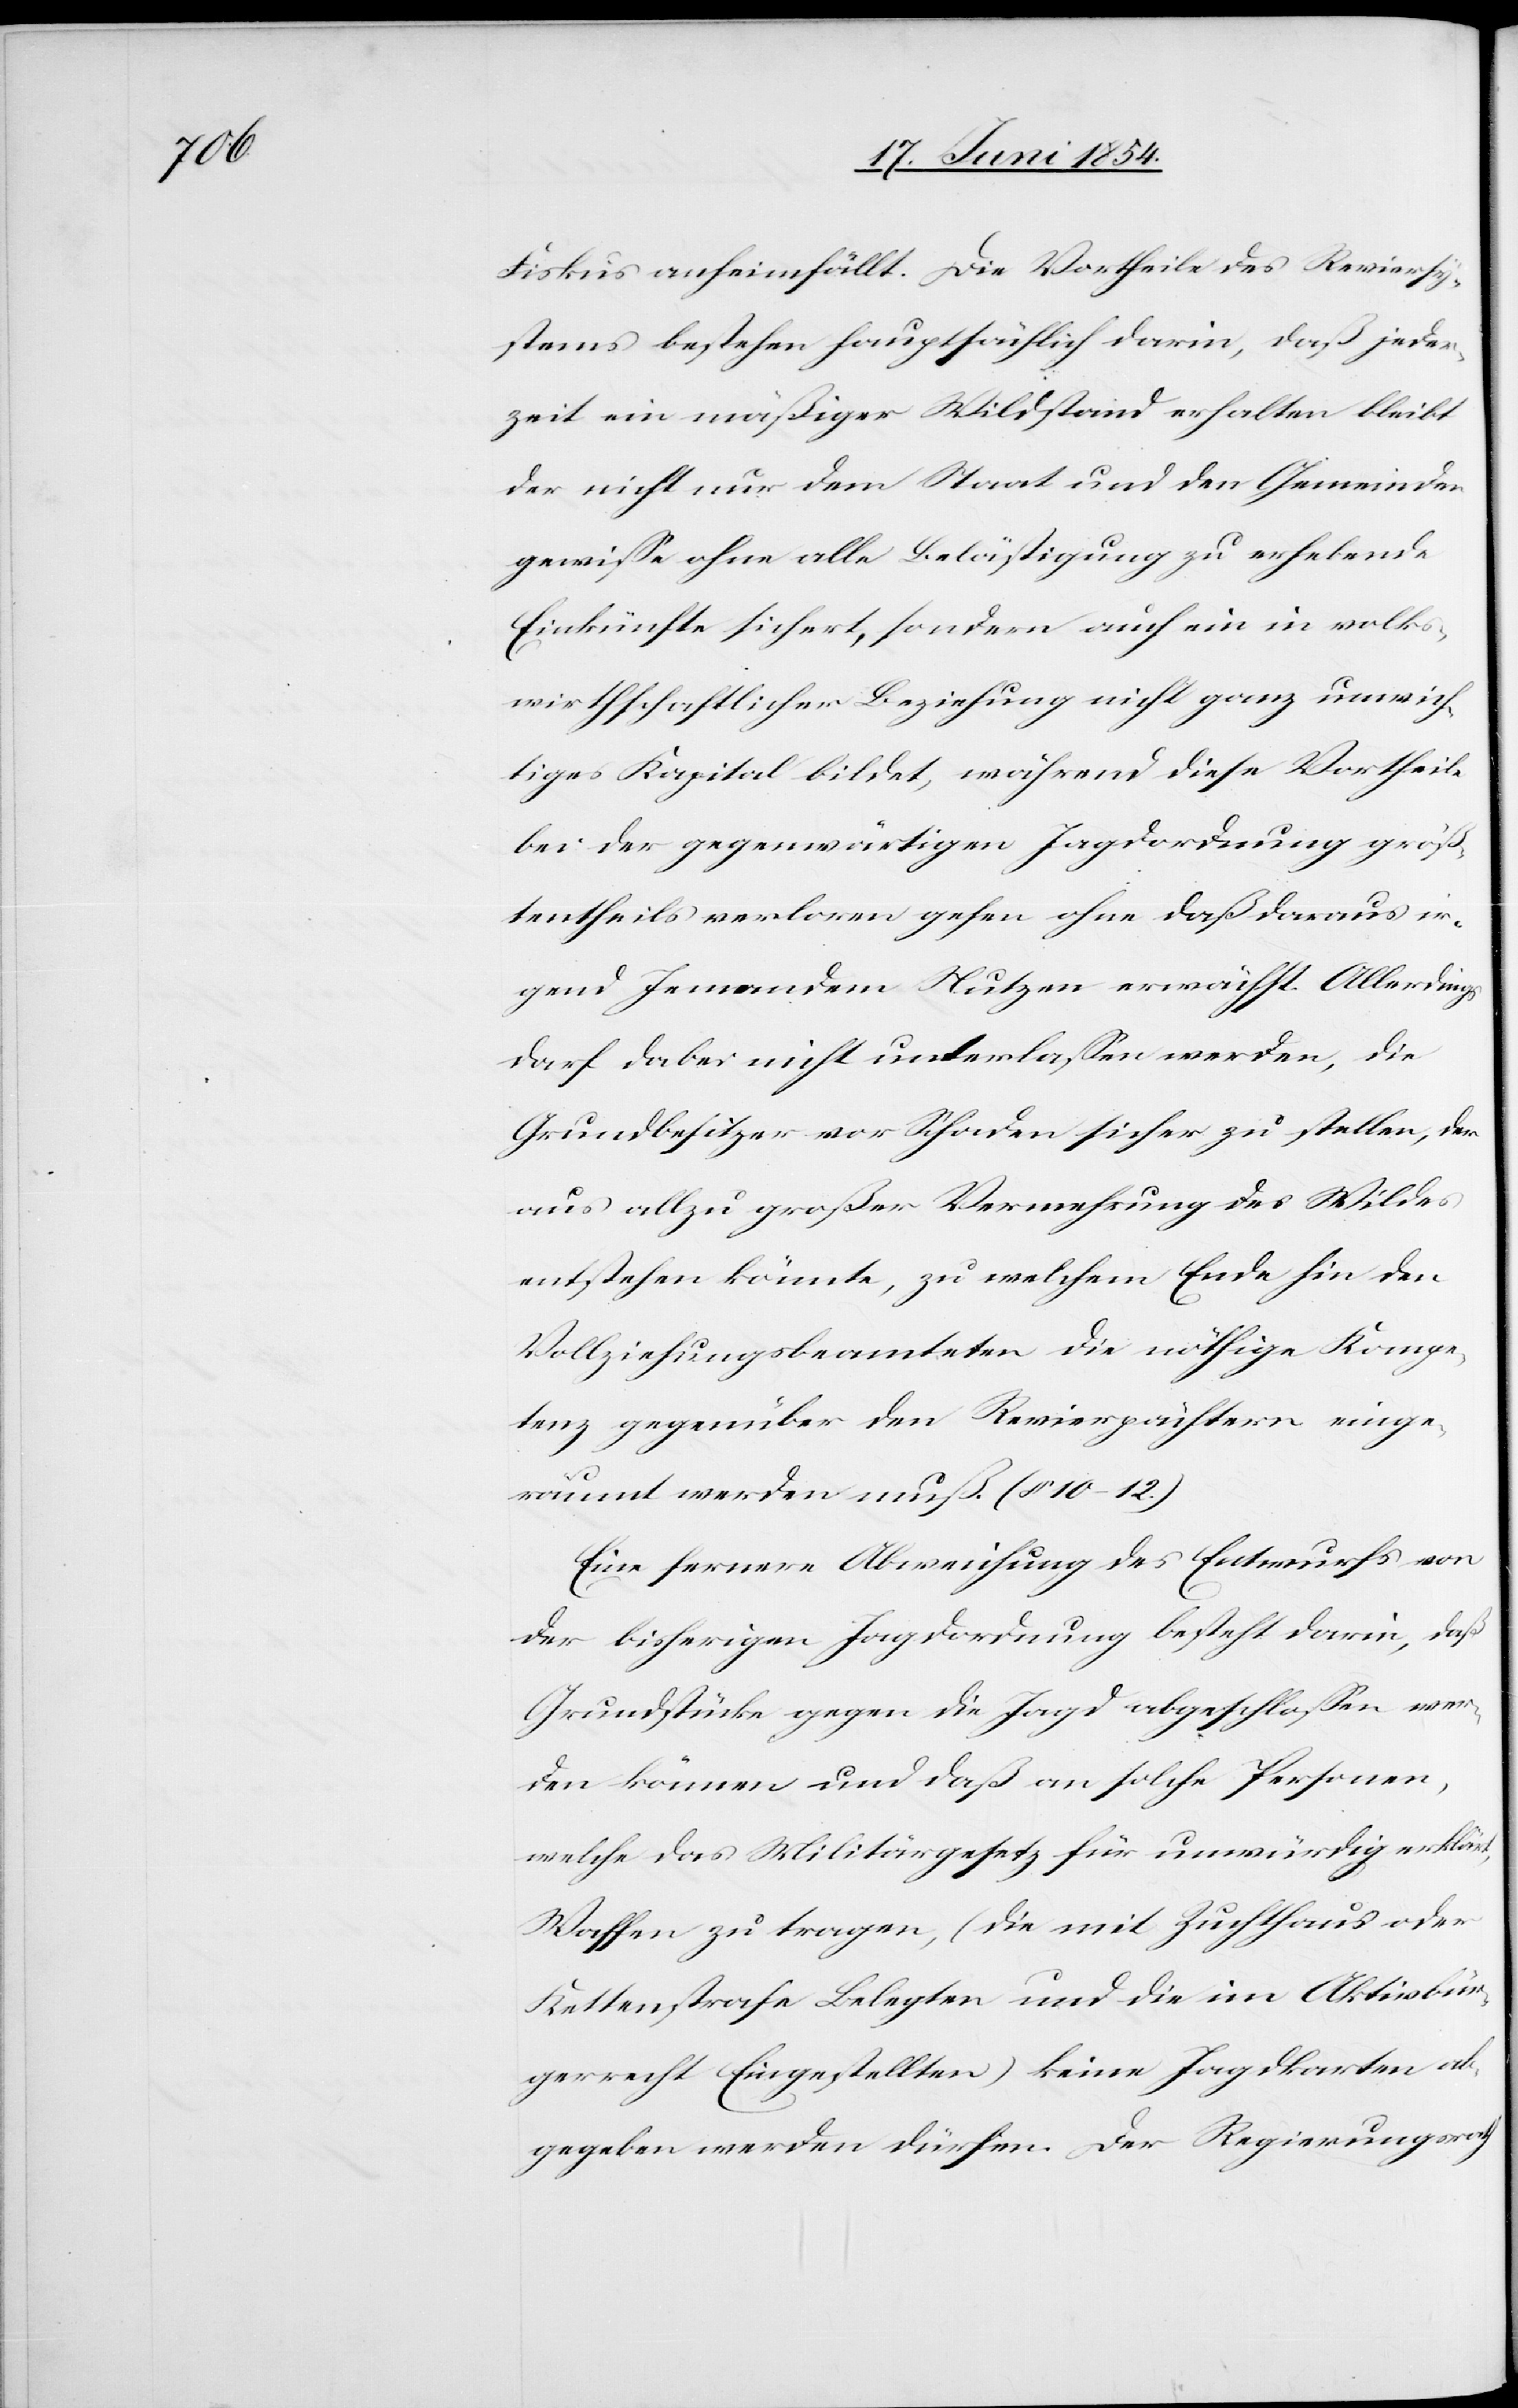
Fiskus anheimfällt. Die Vortheile des Reviersy¬
stems bestehen hauptsächlich darin, daß jeder¬
zeit ein mäßiger Wildstand erhalten bleibt
der nicht nur dem Staat und den Gemeinden
gewiße ohne alle Belästigung zu erhebende
Einkünfte sichert, sondern auch ein in volks¬
wirthschaftlicher Beziehung nicht ganz unwich¬
tiges Kapital bildet, während diese Vortheile
bei der gegenwärtigen Jagdordnung größ¬
tentheils verloren gehe ohne daß daraus ir¬
gend Jemandem Nutzen erwächst. Allerdings
darf dabei nicht unterlaßen werden, die
Grundbesitzer vor Schaden sicher zu stellen, der
aus allzu großer Vermehrung des Wildes
entstehen könnte, zu welchem Ende hin den
Vollziehungsbeamteten die nöthige Kompe¬
tenz gegenüber den Revierpächtern einge¬
räumt werden muß. (§ 10–12.)
Eine fernere Abweichung des Entwurfs von
der bisherigen Jagdordnung besteht darin, daß
Grundstücke gegen die Jagd abgeschloßen wer¬
den können und daß an solche Personen,
welche das Militärgesetz für unwürdig erklärt,
Waffen zu tragen, (die mit Zuchthaus oder
Kettenstrafen Belegten und die im Aktivbür¬
gerrecht Eingestellten) keine Jagdkarten ab¬
gegeben werden dürfen. Der Regierungsrath